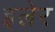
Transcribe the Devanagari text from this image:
इलेर